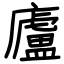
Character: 廬